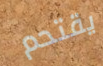
يقتحم